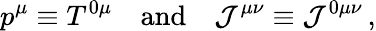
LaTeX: p^{\mu}\equiv T^{0\mu}\quad\mathrm{and}\quad{\cal J}^{\mu\nu}\equiv{\cal J}^{0\mu\nu}\, ,